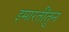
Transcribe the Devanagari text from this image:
इमारतींतुन